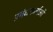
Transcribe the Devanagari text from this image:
प्रबंधकर्ताओं